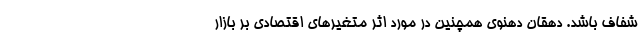
شفاف باشد. دهقان دهنوی همچنین در مورد اثر متغیرهای اقتصادی بر بازار